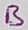
Text: B